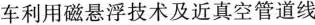
车利用磁悬浮技术及近真空管道线